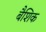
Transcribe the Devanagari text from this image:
बैशिक